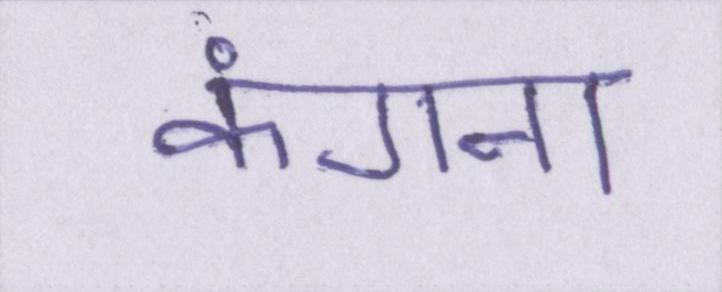
कंगना